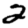
Digit: 2